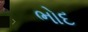
ભોદ